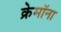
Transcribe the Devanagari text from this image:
क्रेमॉना